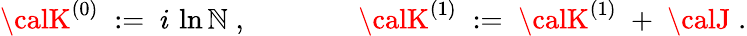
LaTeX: {\calK}^{(0)}\; :=\; i\, \ln{\cal\mathbb{N}}\; ,\; \; \; \; \; \; \; \; \; \; \; \; \; \; {\calK}^{(1)}\; :=\; {\calK}^{(1)}\; +\; {\calJ}\; .